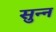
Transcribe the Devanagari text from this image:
सुन्‍न